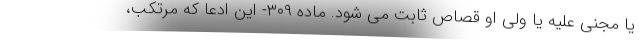
یا مجنی علیه یا ولی او قصاص ثابت می شود. ماده ۳۰۹- این ادعا که مرتکب،